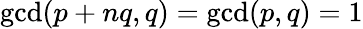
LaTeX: \operatorname*{gcd}(p+nq,q)=\operatorname*{gcd}(p,q)=1